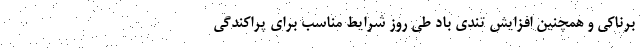
برناکی و همچنین افزایش تندی باد طی روز شرایط مناسب برای پراکندگی